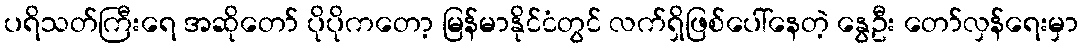
ပရိသတ်ကြီးရေ အဆိုတော် ပိုပိုကတော့ မြန်မာနိုင်ငံတွင် လက်ရှိဖြစ်ပေါ်နေတဲ့ နွေဦး တော်လှန်ရေးမှာ